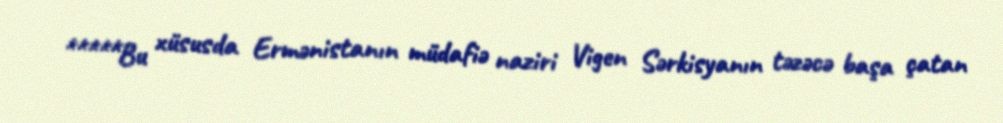
*****Bu xüsusda Ermənistanın müdafiə naziri Vigen Sərkisyanın təzəcə başa çatan